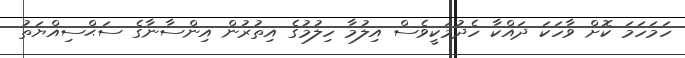
ހަމަހަމަ ކޮށް ވާހަކަ ދައްކާ ހެދުމަކީވެސް އިލުމާ ހިލުމުގެ އިތުރުން އިންސާނާގެ ސަޙްސިއްޔަތު